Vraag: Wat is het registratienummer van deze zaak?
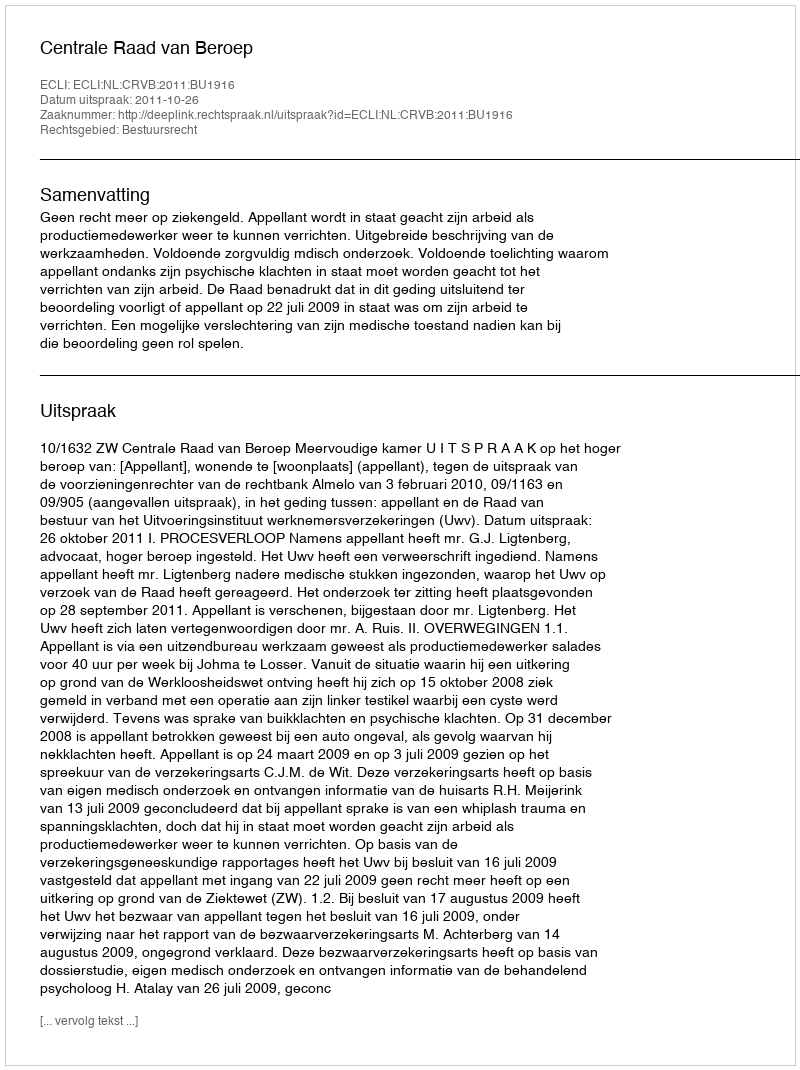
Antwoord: http://deeplink.rechtspraak.nl/uitspraak?id=ECLI:NL:CRVB:2011:BU1916